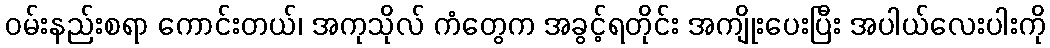
ဝမ်းနည်းစရာ ကောင်းတယ်၊ အကုသိုလ် ကံတွေက အခွင့်ရတိုင်း အကျိုးပေးပြီး အပါယ်လေးပါးကို